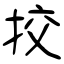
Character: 挍